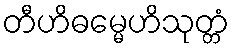
တီဟိဓမ္မေဟိသုတ္တံ